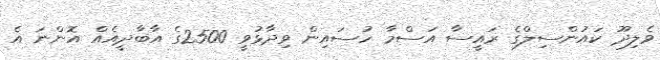
ވެލިދޫ ކައުންސިލްގެ ރައީސާ އަސްމާ ހުސައިން ވިދާޅުވީ 2500ގެ އާބާދީއެއް އޮންނަ އެ